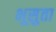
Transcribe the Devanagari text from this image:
भूसुता